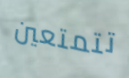
تتمتعين